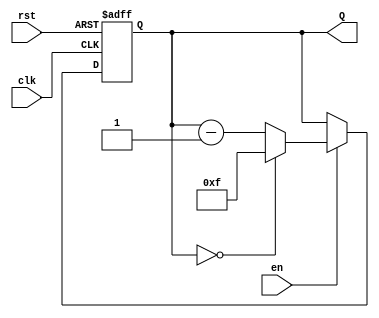
module binary_down_counter (
    input wire clk,      // Clock signal
    input wire rst,      // Asynchronous reset signal
    input wire en,       // Enable signal
    output reg [3:0] Q   // 4-bit output for the count
);

    // Maximum value for a 4-bit counter is 15 (1111)
    localparam MAX_COUNT = 4'b1111;

    // Always block for counter logic
    always @(posedge clk or posedge rst) begin
        if (rst) begin
            // Reset the counter to maximum value
            Q <= MAX_COUNT;
        end else if (en) begin
            // Decrement the counter
            if (Q == 4'b0000) begin
                Q <= MAX_COUNT; // Wrap around to maximum value
            end else begin
                Q <= Q - 1; // Decrement the counter
            end
        end
        // If enable is low, do nothing and retain the current value
    end

endmodule